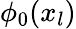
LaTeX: \phi_{0}(x_{l})